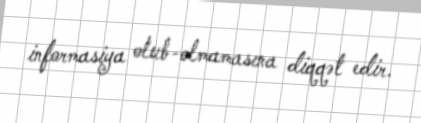
informasiya olub-olmamasına diqqət edir.